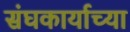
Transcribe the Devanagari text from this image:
संघकार्याच्या